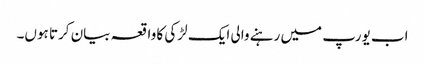
اب یورپ میں رہنے والی ایک لڑکی کا واقعہ بیان کرتا ہوں۔